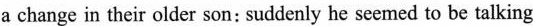
a change in their older son: suddenly he seemed to be talking